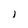
Character: i